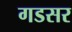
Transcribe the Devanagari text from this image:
गडसर